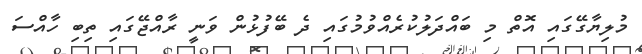
މުލިޔާގޭގައި އޮތް މި ބައްދަލުކުރެއްވުމުގައި ދެ ބޭފުޅުން ވަނީ ރާއްޖޭގައި ތިބި ހާއްސަ